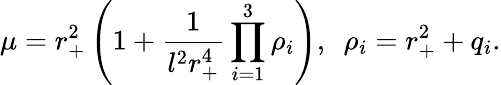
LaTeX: \mu=r_{+}^{2}\left(1+\frac{1}{l^{2}r_{+}^{4}}\prod_{i=1}^{3}\rho_{i}\right),\ \ \rho_{i}=r_{+}^{2}+q_{i}.